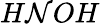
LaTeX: H\mathcal{N}OH